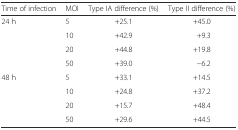
| Time of infection | MOI | Type IA difference (%) | Type II difference (%) |
 | --- | --- | --- | --- |
 | <ROWSPAN=4> 24 h | 5 | +25.1 | +45.0 |
 | 10 | +42.9 | +9.3 |
 | 20 | +44.8 | +19.8 |
 | 50 | +39.0 | −6.2 |
 | <ROWSPAN=2> 48 h | 5 | +33.1 | +14.5 |
 | 10 | +24.8 | +37.2 |
 |  | 20 | +15.7 | +48.4 |
 |  | 50 | +29.6 | +44.5 |